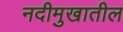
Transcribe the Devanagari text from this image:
नदीमुखातील